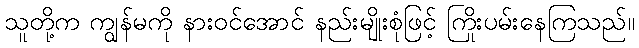
သူတို့က ကျွန်မကို နားဝင်အောင် နည်းမျိုးစုံဖြင့် ကြိုးပမ်းနေကြသည်။